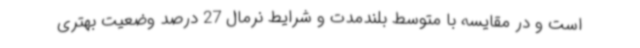
است و در مقایسه با متوسط بلندمدت و شرایط نرمال 27 درصد وضعیت بهتری